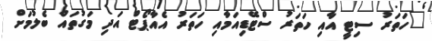
"ހަތަރު ސިޓީ އާއި ހަތަރު ސްޓޭޑިއަމާއި ހަތަރު އެއާޕޯޓް އަދި މަގުތައް ބެލުމަށް